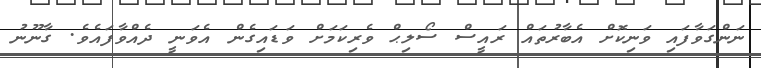
ނަންގަވާފައި ވަނިކޮށް އެބާރުތައް ރައީސް ސޯލިޙް ވެރިކަމަށް ވަޑައިގެން އެވަނީ ދެއްވާފައެވެ. ގާނޫނު